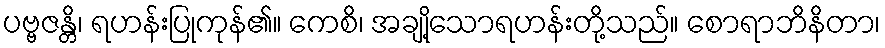
ပဗ္ဗဇန္တိ၊ ရဟန်းပြုကုန်၏။ ကေစိ၊ အချို့သောရဟန်းတို့သည်။ စောရာဘိနိတာ၊